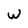
Character: W